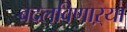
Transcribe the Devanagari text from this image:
बदलविणाऱ्या